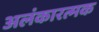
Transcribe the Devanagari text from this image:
अलंकारत्मक